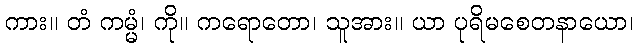
ကား။ တံ ကမ္မံ၊ ကို။ ကရောတော၊ သူအား။ ယာ ပုရိမစေတနာယော၊